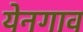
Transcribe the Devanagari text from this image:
येनगाव